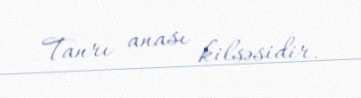
Tanrı anası kilsəsidir.